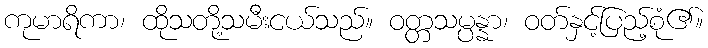
ကုမာရိကာ၊ ထိုသတို့သမီးငယ်သည်။ ဝတ္တသမ္ပန္နာ၊ ဝတ်နှင့်ပြည့်စုံ၏။